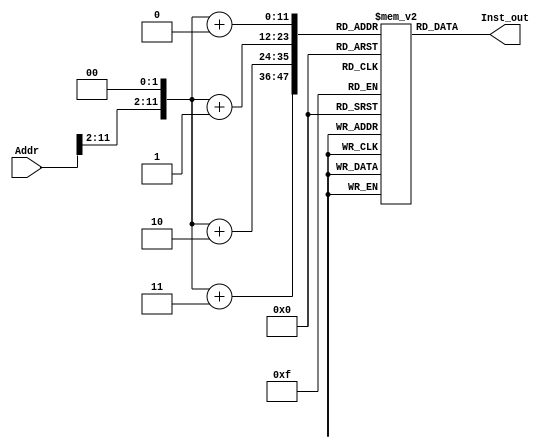
`timescale 1ns / 1ps
//////////////////////////////////////////////////////////////////////////////////
//Eric Chhour
//CECS341 Lab 04
//3/16/21
//////////////////////////////////////////////////////////////////////////////////

module Instruction_Memory(
    input [31:0] Addr,
    output [31:0] Inst_out
    );
    
    reg [7:0] imem[0:4095]; //2^12 byte addresses
    
    //Read Memory Contents, 2 bit offset for alignment
    assign Inst_out = {
                       imem[{Addr[11:2],2'b0}+2'd3],
                       imem[{Addr[11:2],2'b0}+2'd2],
                       imem[{Addr[11:2],2'b0}+2'd1],
                       imem[{Addr[11:2],2'b0}+2'd0]
                       };
endmodule